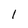
Character: 1